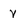
Character: v